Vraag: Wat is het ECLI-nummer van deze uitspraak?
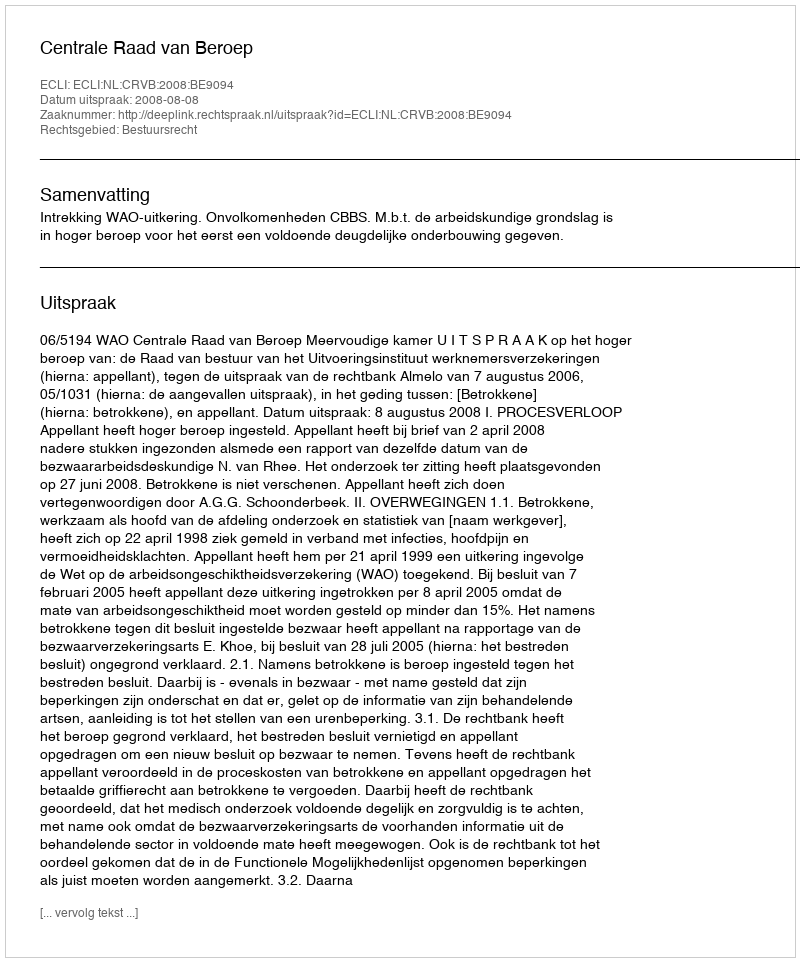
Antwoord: ECLI:NL:CRVB:2008:BE9094